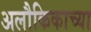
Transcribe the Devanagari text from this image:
अलौकिकाच्या